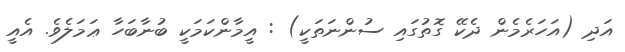
އަދި (އަހަރެމެން ދެކޭ ގޮތުގައި ސުންނަތަކީ) : އީމާންކަމަކީ ބުނާބަހާ ޢަމަލެވެ. އެއީ